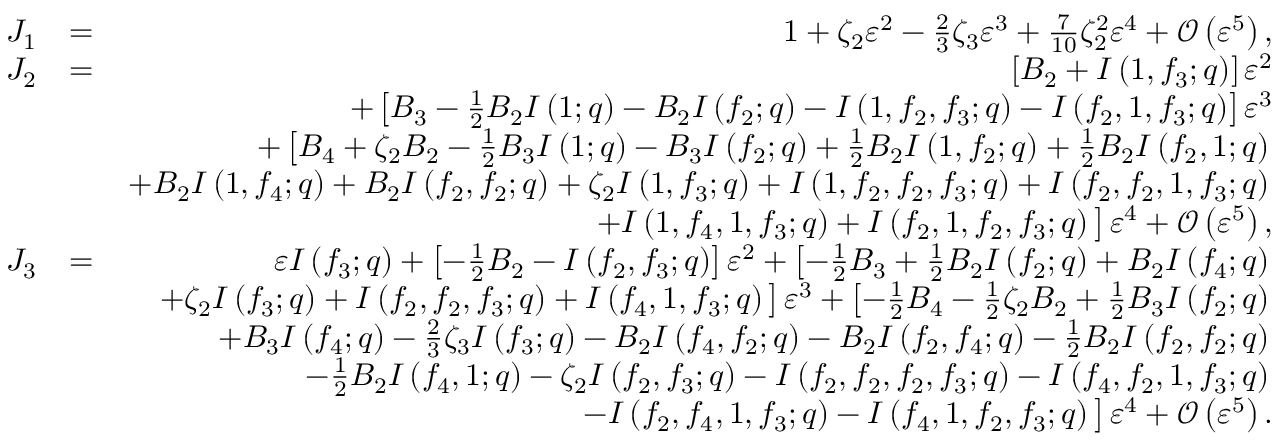
\begin{array} { r l r } { J _ { 1 } } & { = } & { 1 + \zeta _ { 2 } \varepsilon ^ { 2 } - \frac { 2 } { 3 } \zeta _ { 3 } \varepsilon ^ { 3 } + \frac { 7 } { 1 0 } \zeta _ { 2 } ^ { 2 } \varepsilon ^ { 4 } + { \mathcal O } \left( \varepsilon ^ { 5 } \right) , } \\ { J _ { 2 } } & { = } & { \left[ B _ { 2 } + I \left( 1 , f _ { 3 } ; q \right) \right] \varepsilon ^ { 2 } } \\ & { } & { + \left[ B _ { 3 } - \frac { 1 } { 2 } B _ { 2 } I \left( 1 ; q \right) - B _ { 2 } I \left( f _ { 2 } ; q \right) - I \left( 1 , f _ { 2 } , f _ { 3 } ; q \right) - I \left( f _ { 2 } , 1 , f _ { 3 } ; q \right) \right] \varepsilon ^ { 3 } } \\ & { } & { + \left[ B _ { 4 } + \zeta _ { 2 } B _ { 2 } - \frac { 1 } { 2 } B _ { 3 } I \left( 1 ; q \right) - B _ { 3 } I \left( f _ { 2 } ; q \right) + \frac { 1 } { 2 } B _ { 2 } I \left( 1 , f _ { 2 } ; q \right) + \frac { 1 } { 2 } B _ { 2 } I \left( f _ { 2 } , 1 ; q \right) \right. } \\ & { } & { \left. + B _ { 2 } I \left( 1 , f _ { 4 } ; q \right) + B _ { 2 } I \left( f _ { 2 } , f _ { 2 } ; q \right) + \zeta _ { 2 } I \left( 1 , f _ { 3 } ; q \right) + I \left( 1 , f _ { 2 } , f _ { 2 } , f _ { 3 } ; q \right) + I \left( f _ { 2 } , f _ { 2 } , 1 , f _ { 3 } ; q \right) \right. } \\ & { } & { \left. + I \left( 1 , f _ { 4 } , 1 , f _ { 3 } ; q \right) + I \left( f _ { 2 } , 1 , f _ { 2 } , f _ { 3 } ; q \right) \vphantom { \frac { 1 } { 2 } } \right] \varepsilon ^ { 4 } + { \mathcal O } \left( \varepsilon ^ { 5 } \right) , } \\ { J _ { 3 } } & { = } & { \varepsilon I \left( f _ { 3 } ; q \right) + \left[ - \frac { 1 } { 2 } B _ { 2 } - I \left( f _ { 2 } , f _ { 3 } ; q \right) \right] \varepsilon ^ { 2 } + \left[ - \frac { 1 } { 2 } B _ { 3 } + \frac { 1 } { 2 } B _ { 2 } I \left( f _ { 2 } ; q \right) + B _ { 2 } I \left( f _ { 4 } ; q \right) \right. } \\ & { } & { \left. + \zeta _ { 2 } I \left( f _ { 3 } ; q \right) + I \left( f _ { 2 } , f _ { 2 } , f _ { 3 } ; q \right) + I \left( f _ { 4 } , 1 , f _ { 3 } ; q \right) \vphantom { \frac { 1 } { 2 } } \right] \varepsilon ^ { 3 } + \left[ - \frac { 1 } { 2 } B _ { 4 } - \frac { 1 } { 2 } \zeta _ { 2 } B _ { 2 } + \frac { 1 } { 2 } B _ { 3 } I \left( f _ { 2 } ; q \right) \right. } \\ & { } & { \left. + B _ { 3 } I \left( f _ { 4 } ; q \right) - \frac { 2 } { 3 } \zeta _ { 3 } I \left( f _ { 3 } ; q \right) - B _ { 2 } I \left( f _ { 4 } , f _ { 2 } ; q \right) - B _ { 2 } I \left( f _ { 2 } , f _ { 4 } ; q \right) - \frac { 1 } { 2 } B _ { 2 } I \left( f _ { 2 } , f _ { 2 } ; q \right) \right. } \\ & { } & { \left. - \frac { 1 } { 2 } B _ { 2 } I \left( f _ { 4 } , 1 ; q \right) - \zeta _ { 2 } I \left( f _ { 2 } , f _ { 3 } ; q \right) - I \left( f _ { 2 } , f _ { 2 } , f _ { 2 } , f _ { 3 } ; q \right) - I \left( f _ { 4 } , f _ { 2 } , 1 , f _ { 3 } ; q \right) \right. } \\ & { } & { \left. - I \left( f _ { 2 } , f _ { 4 } , 1 , f _ { 3 } ; q \right) - I \left( f _ { 4 } , 1 , f _ { 2 } , f _ { 3 } ; q \right) \vphantom { \frac { 1 } { 2 } } \right] \varepsilon ^ { 4 } + { \mathcal O } \left( \varepsilon ^ { 5 } \right) . } \end{array}